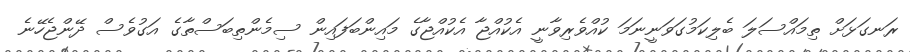
ރަނގަޅަށް ތިމައްސަލަ ބެލިކަމުގަވަނީނަމަ ކުއްވެރިވާނީ އެކުއްޖާ އެކުއްޖާގެ މައިންބަފައިން ސިމެންތިބަސްތާގެ އަގުވެސް ދޭންޖެހޭނެ